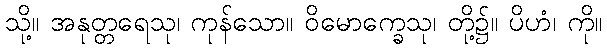
သို့။ အနုတ္တရေသု၊ ကုန်သော။ ဝိမောက္ခေသု၊ တို့၌။ ပိဟံ၊ ကို။